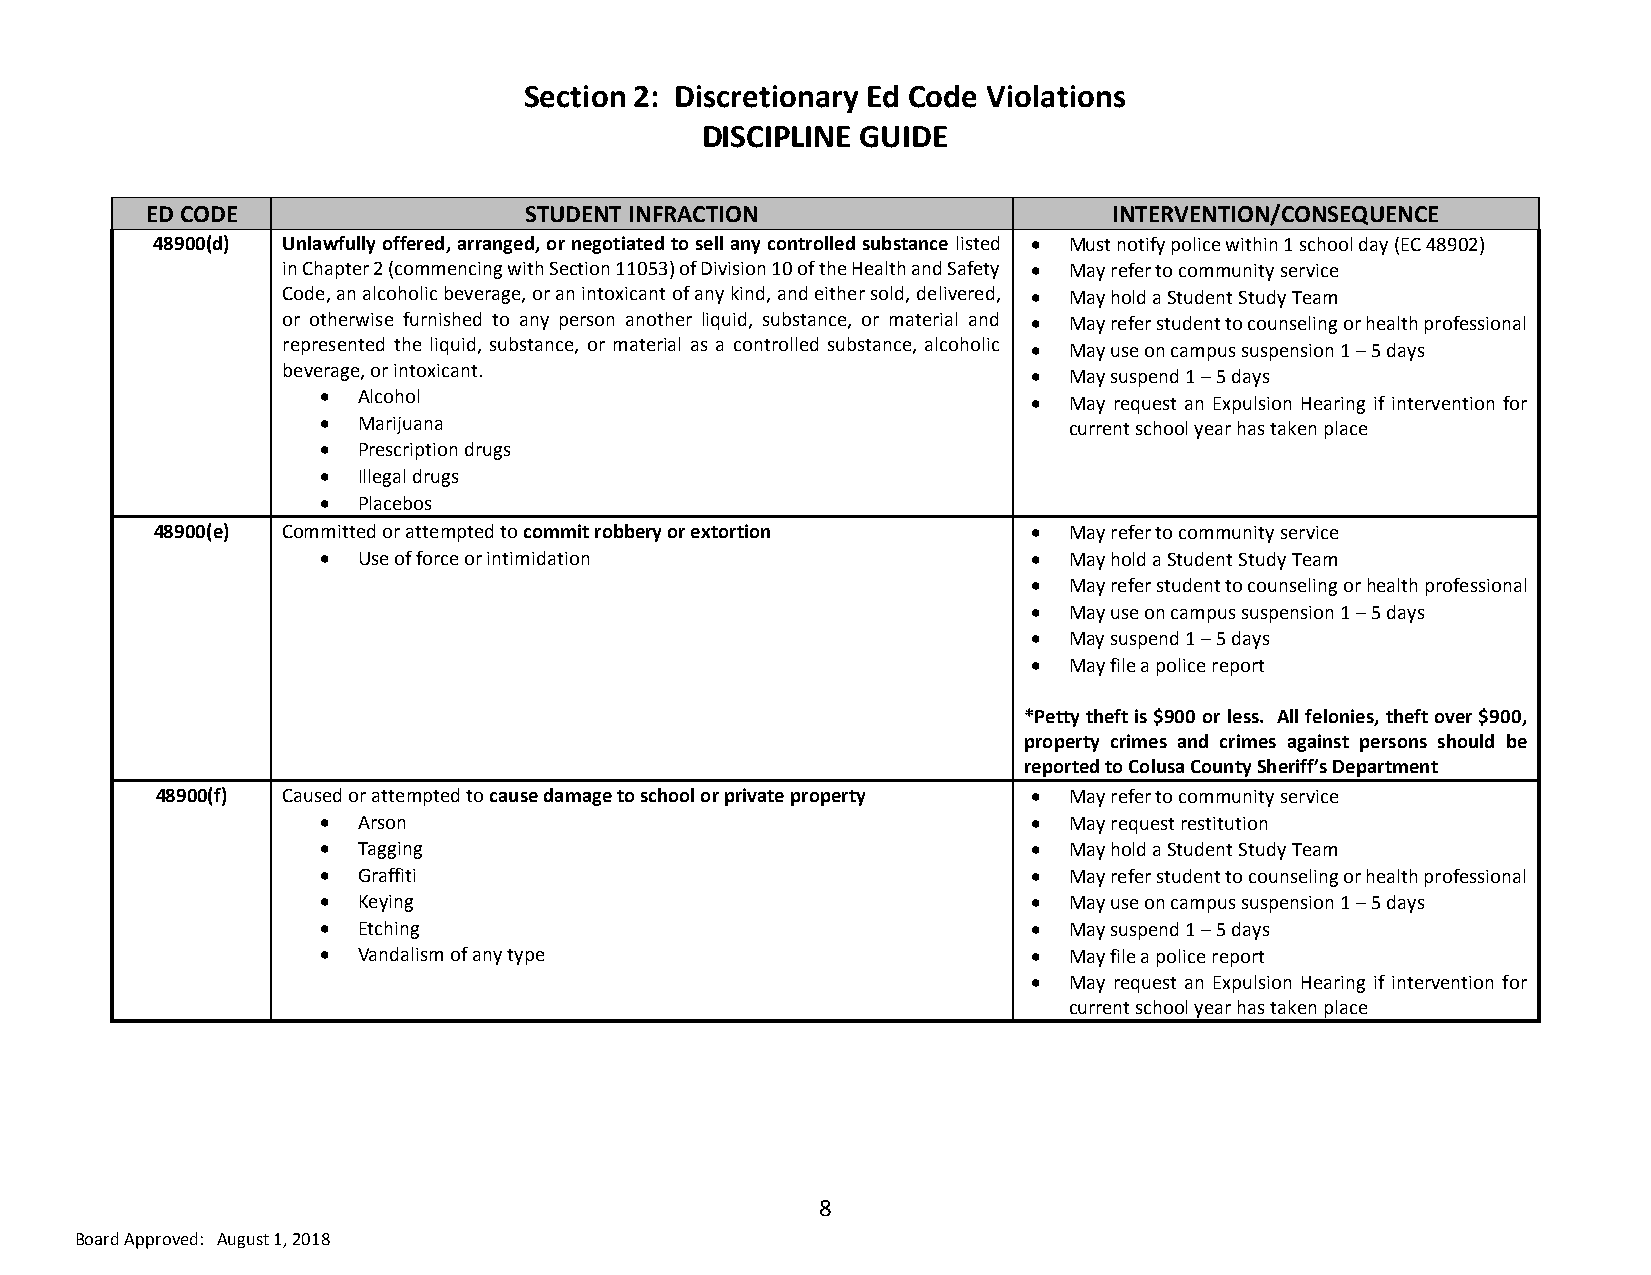
Section 2: Discretionary Ed Code Violations
 DISCIPLINE GUIDE
 ED CODE                  STUDENT INFRACTION                     INTERVENTION/CONSEQUENCE
 48900(d) Unlawfully offered, arranged, or negotiated to sell any controlled substance listed  Must notify police within 1 school day (EC 48902)
 in Chapter 2 (commencing with Section 11053) of Division 10 of the Health and Safety  May refer to community service
 Code, an alcoholic beverage, or an intoxicant of any kind, and either sold, delivered,  May hold a Student Study Team
 or otherwise furnished to any person another liquid, substance, or material and  May refer student to counseling or health professional
 represented the liquid, substance, or material as a controlled substance, alcoholic  May use on campus suspension 1 – 5 days
 beverage, or intoxicant.                           May suspend 1 – 5 days
   Alcohol                                       May request an Expulsion Hearing if intervention for
   Marijuana                                      current school year has taken place
   Prescription drugs
   Illegal drugs
   Placebos
 48900(e) Committed or attempted to commit robbery or extortion  May refer to community service
   Use of force or intimidation                  May hold a Student Study Team
   May refer student to counseling or health professional
   May use on campus suspension 1 – 5 days
   May suspend 1 – 5 days
   May file a police report
 *Petty theft is $900 or less. All felonies, theft over $900,
 property crimes and crimes against persons should be
 reported to Colusa County Sheriff’s Department
 48900(f) Caused or attempted to cause damage to school or private property  May refer to community service
   Arson                                         May request restitution
   Tagging                                       May hold a Student Study Team
   Graffiti                                      May refer student to counseling or health professional
   Keying                                        May use on campus suspension 1 – 5 days
   Etching                                       May suspend 1 – 5 days
   Vandalism of any type                         May file a police report
   May request an Expulsion Hearing if intervention for
 current school year has taken place
 8
 Board Approved: August 1, 2018